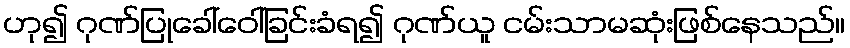
ဟု၍ ဂုဏ်ပြုခေါ်ဝေါ်ခြင်းခံရ၍ ဂုဏ်ယူ ငမ်းသာမဆုံးဖြစ်နေသည်။